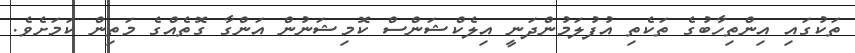
ތަކުގައި އިންތިހާބުގެ ތަކެތި އުފުލަމުންދަނީ އިލެކްޝަންސް ކޮމިޝަނުން އަންގާ ގޮތެއްގެ މަތިން ކަމަށެވެ.